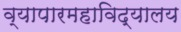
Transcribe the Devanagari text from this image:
व्यापारमहाविद्यालय